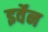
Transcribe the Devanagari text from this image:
इर्वेन